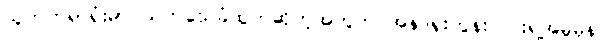
သူကတရာရုံးမှာ သက်သေခံထွက်ဆိုတဲ့အတွက် အန်ဒရူးကွန်းလင်းရဲ့အမှုမှန်